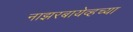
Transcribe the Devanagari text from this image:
नाझरबायेव्हच्या